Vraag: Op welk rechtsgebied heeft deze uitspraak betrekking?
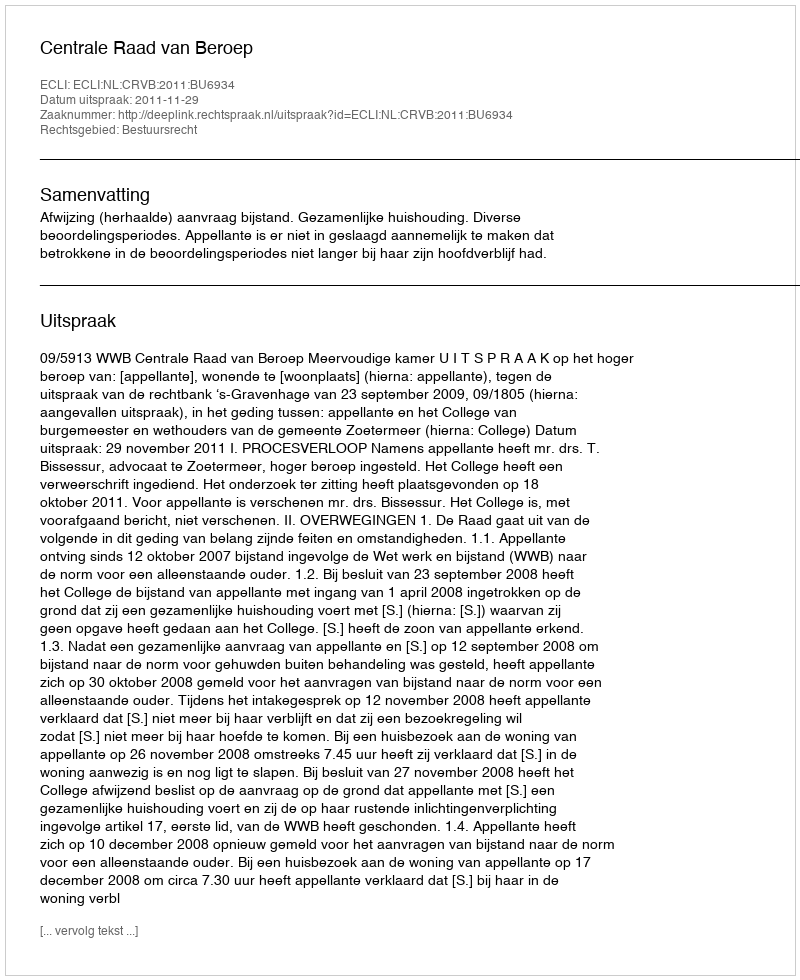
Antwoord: Bestuursrecht